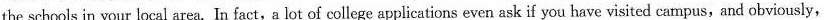
the schools in your local area. In fact,a lot of college applications even ask if you have visited campus,and obviously,